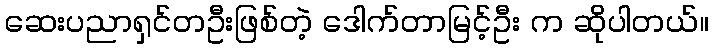
ဆေးပညာရှင်တဦးဖြစ်တဲ့ ဒေါက်တာမြင့်ဦး က ဆိုပါတယ်။